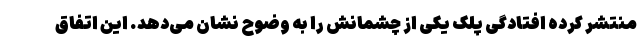
منتشر کرده افتادگی پلک یکی از چشمانش را به وضوح نشان می‌دهد. این اتفاق